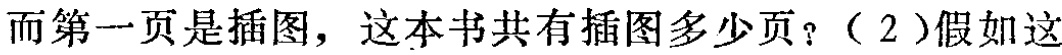
而第一页是插图，这本书共有插图多少页？（2）假如这